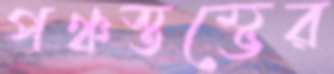
পঞ্চস্তম্ভের